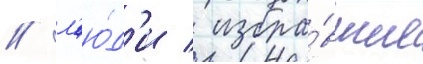
/ л'ю́д'и / избра́вшие